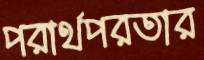
পরার্থপরতার